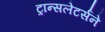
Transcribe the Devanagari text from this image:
ट्रान्सलेटर्सने